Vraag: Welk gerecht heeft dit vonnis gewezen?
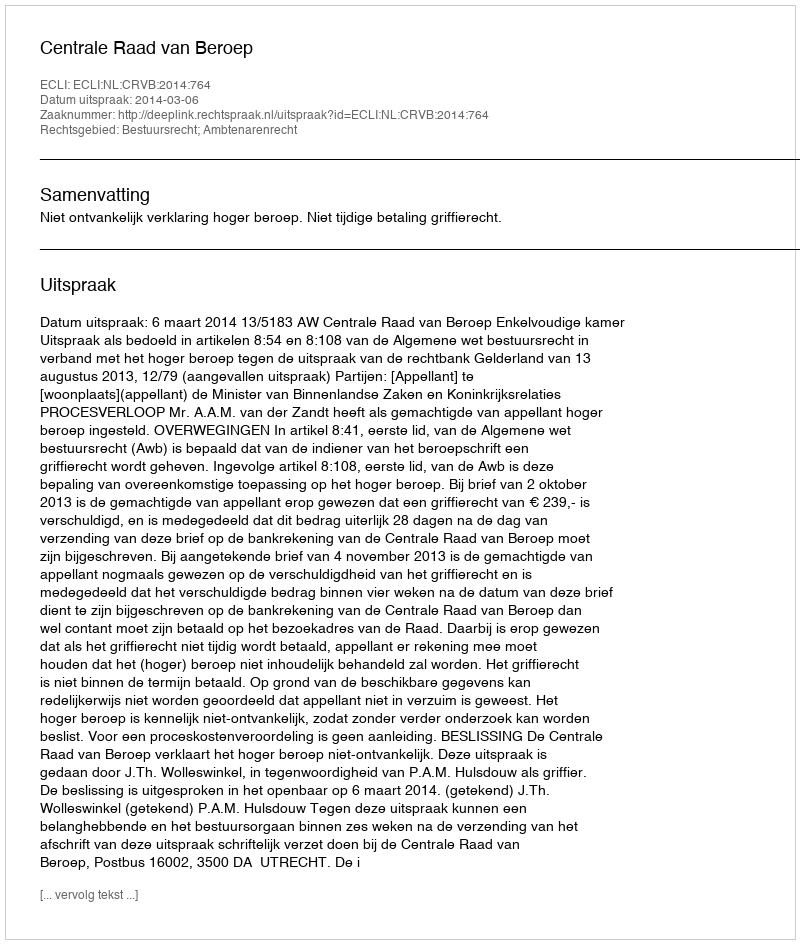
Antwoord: Centrale Raad van Beroep